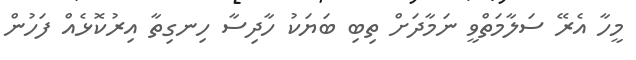
މީހާ އެރޭ ސަލާމަތްވީ ނަމާދަށް ތިބި ބަޔަކު ހާދިސާ ހިނގިތާ އިރުކޮޅެއް ފަހުން